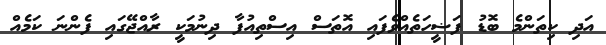
އަދި ކިތަންމެ ބޮޑު ފަޟީހަތެއްވެފައި އޮތަސް އިސްތިއުފާ ދިނުމަކީ ރާއްޖޭގައި ފެންނަ ކަމެއް